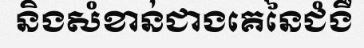
និងសំខាន់ជាងគេនៃជំងឺ